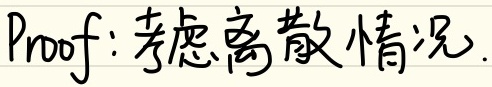
Proof: 考虑离散情况.